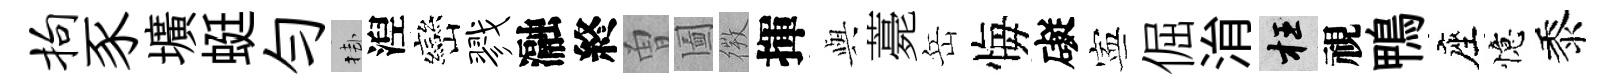
拘豕壙蜓勻挂湼巒戮瀜終曽圗𢕄揮𫤰薧岳悔礙寕倔㳙枉視鴨座憶黍